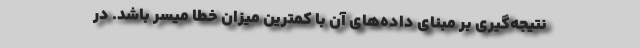
نتیجه‌گیری بر مبنای داده‌های آن با کمترین میزان خطا میسر باشد. در